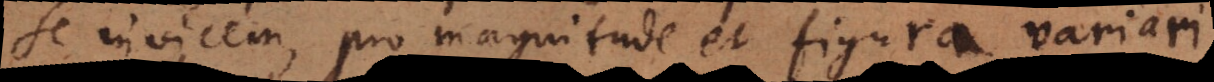
se invicem, pro magnitudine et figura variar